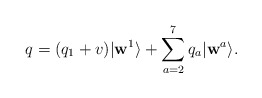
\begin{align*}q = (q_1 + v) | \mathbf{w}^1 \rangle + \sum_{a=2}^{7}{q_a | \mathbf{w}^a \rangle}.\end{align*}